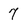
Character: 7